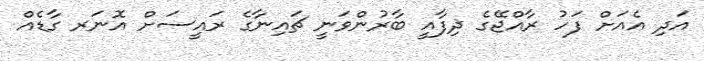
އަދި އެއަށް ފަހު ރާއްޖޭގެ ދިފާއީ ބާރުންވަނީ ޗައިނާގެ ރައީސަށް އޮނަރ ގާޑެއް